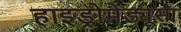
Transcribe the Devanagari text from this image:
हाइड्रोमेड्यूसा